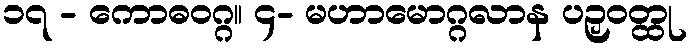
၁၇ - ကောဓဝဂ္ဂ။ ၄- မဟာမောဂ္ဂလာန ပဉှဝတ္ထု